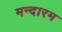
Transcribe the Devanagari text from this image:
मन्दारम